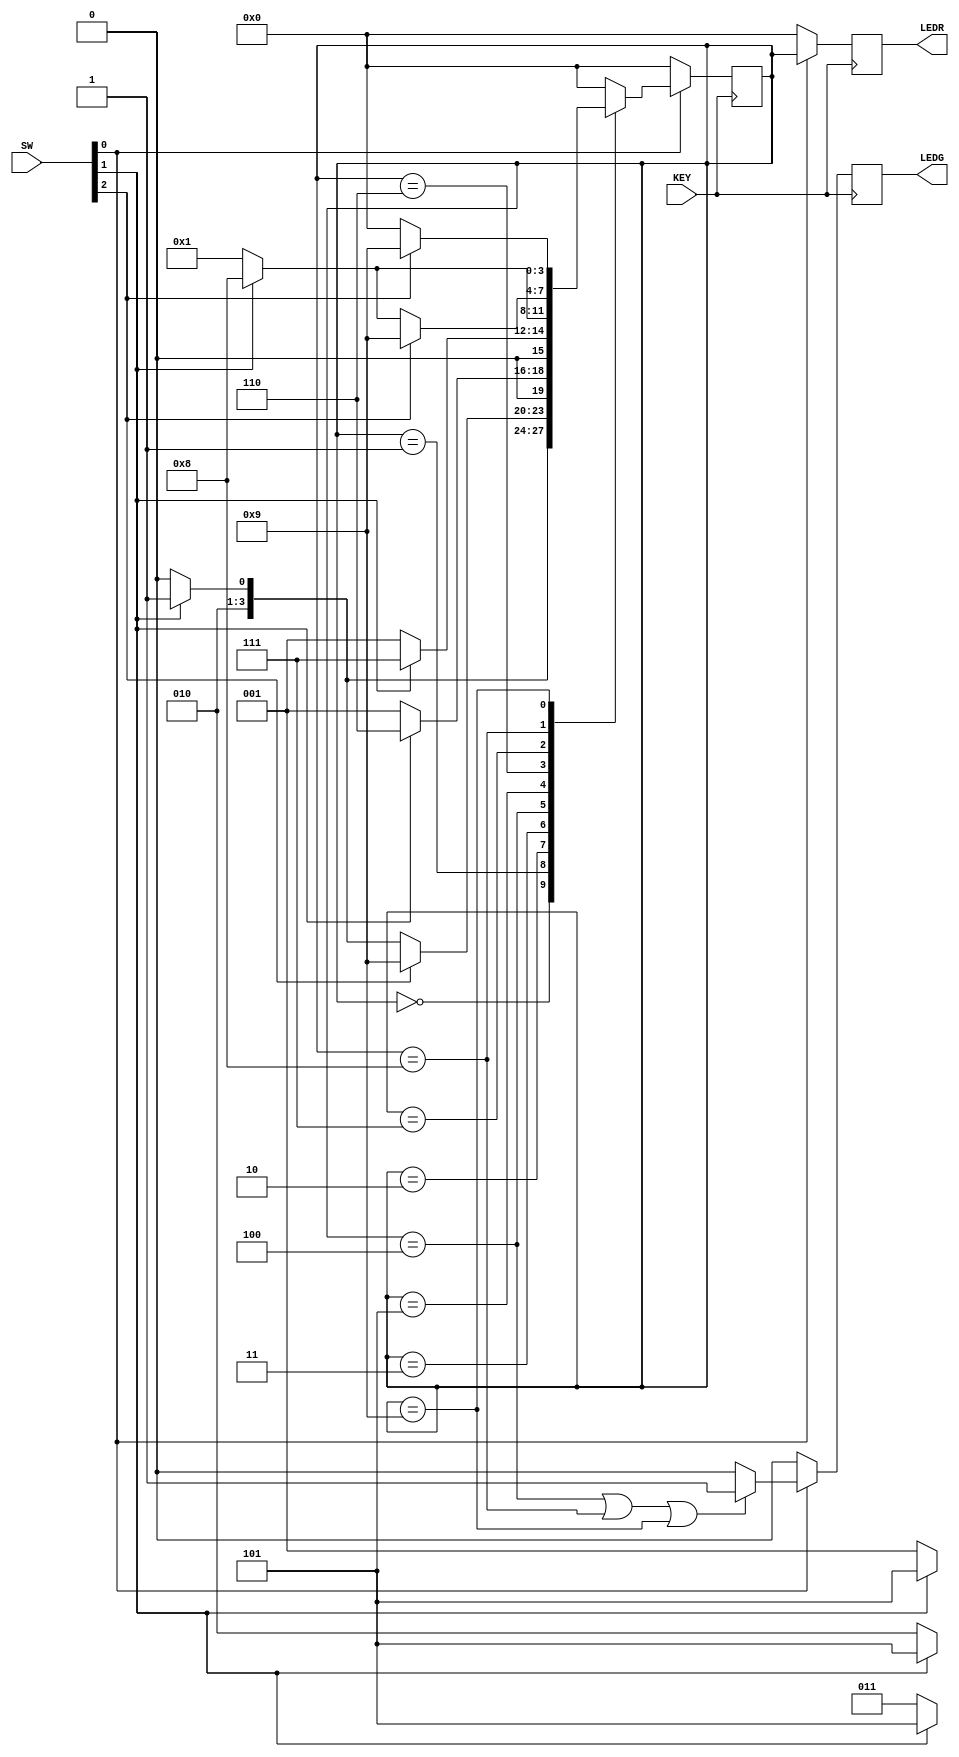
module Part6 (SW, KEY, LEDG, LEDR);
  input [2:0] SW;
  input [0:0] KEY;
  output [0:0] LEDG;
  output reg [3:0] LEDR;

  wire Clock, Resetn, w, wait_done;
  reg z;

  assign Clock = KEY[0];
  assign Resetn = SW[0];
  assign w = SW[1];
  assign wait_done = SW[2];
  parameter A = 4'b0000;
  parameter B = 4'b0001;
  parameter C = 4'b0010;
  parameter D = 4'b0011;
  parameter E = 4'b0100;
  parameter F = 4'b0101;
  parameter G = 4'b0110;
  parameter H = 4'b0111;
  parameter I = 4'b1000;
  parameter Wait = 4'b1001;

  reg [3:0] y; // State register

  always @(posedge Clock) begin
    if (~Resetn) begin
      y <= A; // Initial state A
    end
    else begin
      case (y)
        A: y <= (w) ? F : B; // State A transition
        B: y <= (w) ? F : C; // State B transition
        C: y <= (w) ? F : D; // State C transition
        D: y <= (w) ? F : E; // State D transition
		  E: y <= (wait_done) ? Wait : ((w) ? F : E); // State E transition
        F: y <= (w) ? G : B; // State F transition
        G: y <= (w) ? H : B; // State G transition
        H: y <= (w) ? I : B; // State H transition
		  I: y <= (wait_done) ? Wait : ((w) ? I : B); // State I transition
		  Wait: y <= (wait_done) ? Wait : A;
        default: y <= A; // Default to state A for any undefined state
      endcase
    end
  end

  always @(posedge Clock) begin
    if (~Resetn) begin
      LEDR <= A; // Initial state A
    end
    else begin
      LEDR <= y;
    end
  end

  always @(posedge Clock) begin
    if (~Resetn) begin
      z <= 1'b0; // Initial state A
    end
    else begin
      z <= (y == E || y== I || y == Wait) ? 1'b1 : 1'b0; // Output z logic for State Wait
    end
  end

  // Output assignments
  assign LEDG[0] = z;

endmodule